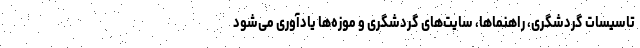
تاسیسات گردشگری، راهنماها، سایت‌های گردشگری و موزه‌ها یادآوری می‌شود